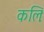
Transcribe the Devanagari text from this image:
कलिः